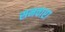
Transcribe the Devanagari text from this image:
सनवारा